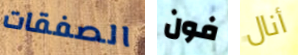
الصفقات فون أنال